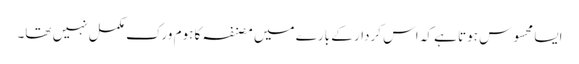
ایسا محسوس ہوتا ہے کہ اس کردار کے بارے میں مصنفہ کا ہوم ورک مکمل نہیں تھا۔